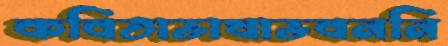
কবিতাভাষাভবননি